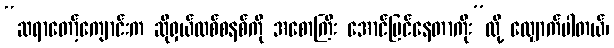
“ဆရာတော့်ကျောင်းက ဆိုရှယ်လစ်စနစ်ကို အစောကြီး အောင်မြင်နေတာကိုး”လို့ လျှောက်ပါတယ်၊